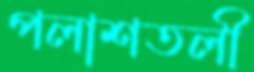
পলাশতলী